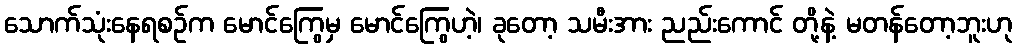
သောက်သုံးနေရစဉ်က မောင်ကြွေမှ မောင်ကြွေဟဲ့၊ ခုတော့ သမီးအား ညည်းကောင် တို့နဲ့ မတန်တော့ဘူးဟု